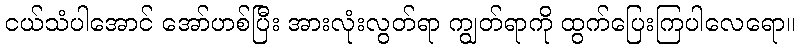
ငယ်သံပါအောင် အော်ဟစ်ပြီး အားလုံးလွတ်ရာ ကျွတ်ရာကို ထွက်ပြေးကြပါလေရော။